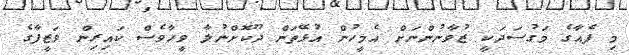
މި ފެއާގެ މަގުސަދަކީ ޒުވާނުންނަށް އެމީހުން އުޅޭތަން ދޫކޮށްނުލާ ވީހާވެސް ކައިރިން ވަޒީފާގެ